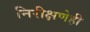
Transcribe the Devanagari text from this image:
निरीक्षणेही